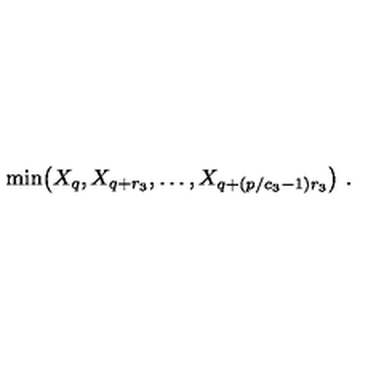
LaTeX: \mathrm { m i n } \big ( X _ { q } , X _ { q + r _ { 3 } } , \ldots , X _ { q + ( p / c _ { 3 } - 1 ) r _ { 3 } } \big ) \ .